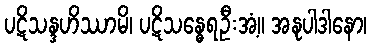
ပဋိသန္ဒဟိဿာမိ၊ ပဋိသန္ဓေရဦးအံ့။ အနုပါဒါနော၊